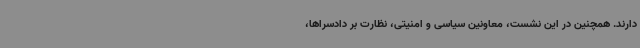
دارند. همچنین در این نشست، معاونین سیاسی و امنیتی، نظارت بر دادسراها،